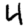
Digit: 4